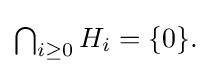
{\textstyle \bigcap _{i\geq 0}H_{i}=\{0\}.}